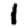
Digit: 1